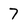
Character: 7